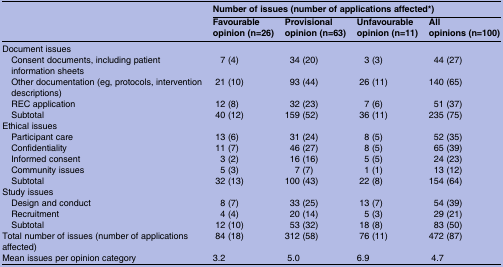
<table><thead><tr><td></td><td colspan="4"><b>Number of issues (number of applications affected*)</b></td></tr><tr><td></td><td><b>Favourable opinion (n=26)</b></td><td><b>Provisional opinion (n=63)</b></td><td><b>Unfavourable opinion (n=11)</b></td><td><b>All opinions (n=100)</b></td></tr></thead><tbody><tr><td colspan="5">Document issues</td></tr><tr><td> Consent documents, including patient information sheets</td><td>7 (4)</td><td>34 (20)</td><td>3 (3)</td><td>44 (27)</td></tr><tr><td> Other documentation (eg, protocols, intervention descriptions)</td><td>21 (10)</td><td>93 (44)</td><td>26 (11)</td><td>140 (65)</td></tr><tr><td> REC application</td><td>12 (8)</td><td>32 (23)</td><td>7 (6)</td><td>51 (37)</td></tr><tr><td> Subtotal</td><td>40 (12)</td><td>159 (52)</td><td>36 (11)</td><td>235 (75)</td></tr><tr><td colspan="5">Ethical issues</td></tr><tr><td> Participant care</td><td>13 (6)</td><td>31 (24)</td><td>8 (5)</td><td>52 (35)</td></tr><tr><td> Confidentiality</td><td>11 (7)</td><td>46 (27)</td><td>8 (5)</td><td>65 (39)</td></tr><tr><td> Informed consent</td><td>3 (2)</td><td>16 (16)</td><td>5 (5)</td><td>24 (23)</td></tr><tr><td> Community issues</td><td>5 (3)</td><td>7 (7)</td><td>1 (1)</td><td>13 (12)</td></tr><tr><td> Subtotal</td><td>32 (13)</td><td>100 (43)</td><td>22 (8)</td><td>154 (64)</td></tr><tr><td colspan="5">Study issues</td></tr><tr><td> Design and conduct</td><td>8 (7)</td><td>33 (25)</td><td>13 (7)</td><td>54 (39)</td></tr><tr><td> Recruitment</td><td>4 (4)</td><td>20 (14)</td><td>5 (3)</td><td>29 (21)</td></tr><tr><td> Subtotal</td><td>12 (10)</td><td>53 (32)</td><td>18 (8)</td><td>83 (50)</td></tr><tr><td>Total number of issues (number of applications affected)</td><td>84 (18)</td><td>312 (58)</td><td>76 (11)</td><td>472 (87)</td></tr><tr><td>Mean issues per opinion category</td><td>3.2</td><td>5.0</td><td>6.9</td><td>4.7</td></tr></tbody></table>